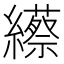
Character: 䌨